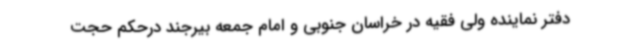
دفتر نماینده ولی فقیه در خراسان جنوبی و امام جمعه بیرجند درحکم حجت